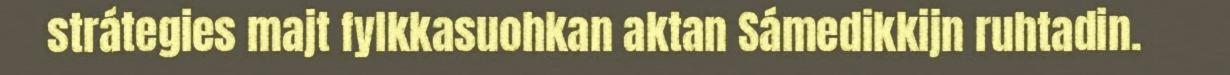
strátegies majt fylkkasuohkan aktan Sámedikkijn ruhtadin.